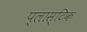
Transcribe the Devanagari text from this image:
प्‍लास्‍टिक